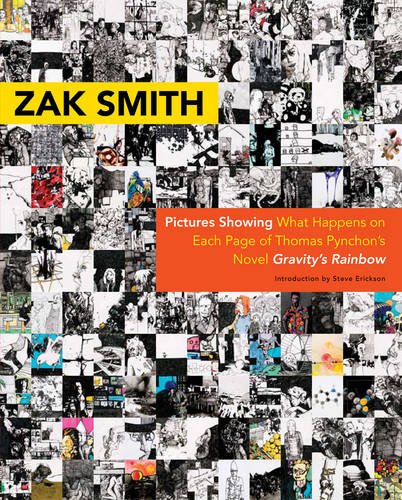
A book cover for Pictures Showing What Happens on Each Page of Thomas Pynchon's Novel Gravity's Rainbow; Zak Smith; Arts & Photography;